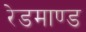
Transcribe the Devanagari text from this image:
रेडमाण्ड